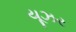
યૂઝર